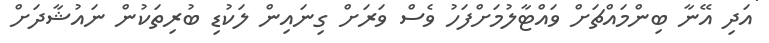
އަދި އޭނާ ބިންމައްޗަށް ވައްޓާލުމަށްފަހު ވެސް ވަރަށް ގިނައިން ލަކުޑި ބުރިތަކުން ނައުޝާދަށް